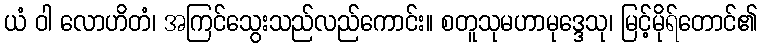
ယံ ဝါ လောဟိတံ၊ အကြင်သွေးသည်လည်ကောင်း။ စတူသုမဟာမုဒ္ဒေသု၊ မြင့်မိုရ်တောင်၏